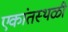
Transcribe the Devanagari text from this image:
एकांतस्थळी